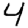
Digit: 4